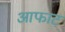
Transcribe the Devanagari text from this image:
आफाट